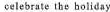
celebrate the holiday